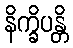
နိက္ခိပန္တိ